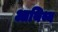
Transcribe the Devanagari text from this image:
आथिथ्य